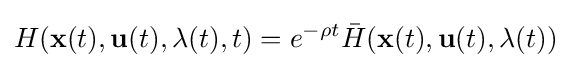
H(\mathbf {x} (t),\mathbf {u} (t),\mathbf {\lambda } (t),t)=e^{-\rho t}{\bar {H}}(\mathbf {x} (t),\mathbf {u} (t),\mathbf {\lambda } (t))